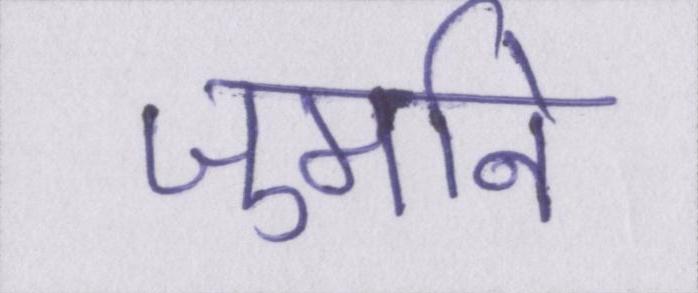
जुर्माने